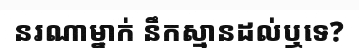
នរណាម្នាក់ នឹកស្មានដល់ឬទេ?